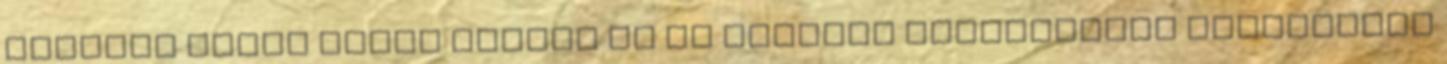
Fentebb azért írtam kérjük ki az Erasmus koordinátor véleményét